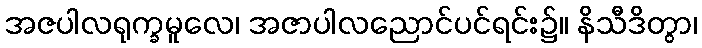
အဇပါလရုက္ခမူလေ၊ အဇာပါလညောင်ပင်ရင်း၌။ နိသီဒိတွာ၊